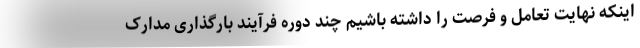
اینکه نهایت تعامل و فرصت را داشته باشیم چند دوره فرآیند بارگذاری مدارک